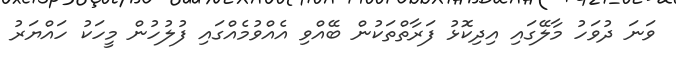
ވަނަ ދުވަހު މާލޭގައި އިދިކޮޅު ފަރާތްތަކުން ބޭއްވި އެއްވުމެއްގައި ފުލުހުން މީހަކު ހައްޔަރު